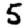
Digit: 5